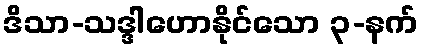
ဒိသာ-သဒ္ဒါဟောနိုင်သော ၃-နက်